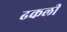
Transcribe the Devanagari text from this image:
ढकली